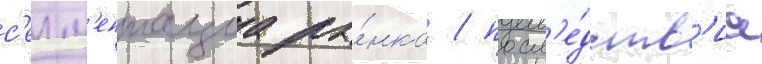
с'егм'ентациа ры́нка / посл'е́дств'иа